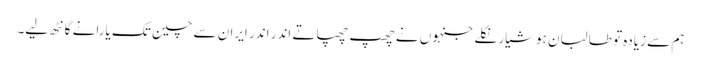
ہم سے زیادہ تو طالبان ہوشیار نکلے جنہوں نے چھپ چھپاتے اندر اندر ایران سے چین تک یارانے گانٹھ لیے۔